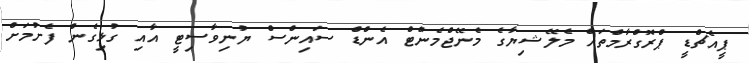
ޕީއެޗްޑީ ޕްރޮގްރާމްތައް މެލޭޝިޔާގެ މެނޭޖްމެންޓް އެންޑް ސައިންސް ޔުނިވާސިޓީ އާއި ގުޅިގެން ފެށުމަށް